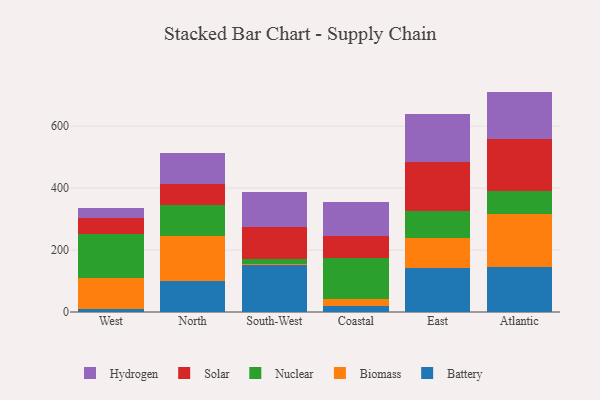
{"axis": {"x": "Region", "y": "Churn Rate (%)"}, "legend": ["Battery", "Biomass", "Hydrogen", "Nuclear", "Solar"], "data": [{"x": "West", "y": 8.6, "type": "Battery"}, {"x": "West", "y": 99.9, "type": "Biomass"}, {"x": "West", "y": 144.5, "type": "Nuclear"}, {"x": "West", "y": 50.7, "type": "Solar"}, {"x": "West", "y": 33.0, "type": "Hydrogen"}, {"x": "North", "y": 100.5, "type": "Battery"}, {"x": "North", "y": 144.4, "type": "Biomass"}, {"x": "North", "y": 102.0, "type": "Nuclear"}, {"x": "North", "y": 66.1, "type": "Solar"}, {"x": "North", "y": 101.5, "type": "Hydrogen"}, {"x": "South-West", "y": 150.4, "type": "Battery"}, {"x": "South-West", "y": 5.6, "type": "Biomass"}, {"x": "South-West", "y": 13.6, "type": "Nuclear"}, {"x": "South-West", "y": 103.5, "type": "Solar"}, {"x": "South-West", "y": 116.0, "type": "Hydrogen"}, {"x": "Coastal", "y": 19.2, "type": "Battery"}, {"x": "Coastal", "y": 21.7, "type": "Biomass"}, {"x": "Coastal", "y": 135.1, "type": "Nuclear"}, {"x": "Coastal", "y": 68.7, "type": "Solar"}, {"x": "Coastal", "y": 110.1, "type": "Hydrogen"}, {"x": "East", "y": 141.9, "type": "Battery"}, {"x": "East", "y": 95.6, "type": "Biomass"}, {"x": "East", "y": 89.1, "type": "Nuclear"}, {"x": "East", "y": 158.4, "type": "Solar"}, {"x": "East", "y": 152.9, "type": "Hydrogen"}, {"x": "Atlantic", "y": 145.0, "type": "Battery"}, {"x": "Atlantic", "y": 172.5, "type": "Biomass"}, {"x": "Atlantic", "y": 74.9, "type": "Nuclear"}, {"x": "Atlantic", "y": 167.4, "type": "Solar"}, {"x": "Atlantic", "y": 152.0, "type": "Hydrogen"}]}